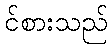
င်စားသည်